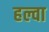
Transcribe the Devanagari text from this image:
हल्वा